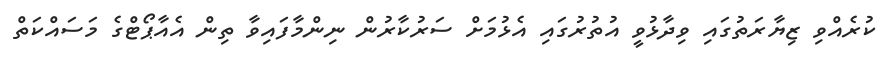
ކުރެއްވި ޒިޔާރަތުގައި ވިދާޅުވީ އުތުރުގައި އެޅުމަށް ސަރުކާރުން ނިންމާފައިވާ ތިން އެއާޕޯޓްގެ މަސައްކަތް